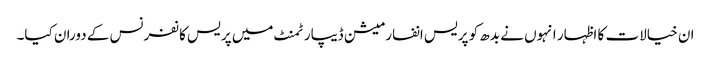
ان خیالات کا اظہار انہوں نے بدھ کو پریس انفارمیشن ڈیپارٹمنٹ میں پریس کانفرنس کے دوران کیا۔